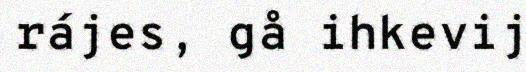
rájes, gå ihkevij